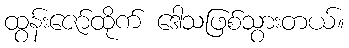
ထွန်းဇော်ထိုက် ဒေါသဖြစ်သွားတယ်။